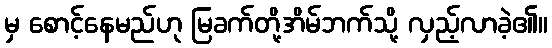
မှ စောင့်နေမည်ဟု မြခက်တို့အိမ်ဘက်သို့ လှည့်လာခဲ့၏။